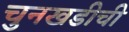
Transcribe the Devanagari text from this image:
चुनखडीची